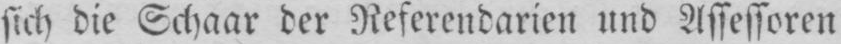
sich die Schaar der Referendarien und Assessoren